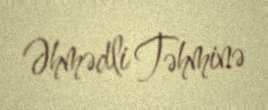
Əhmədli Təhminə